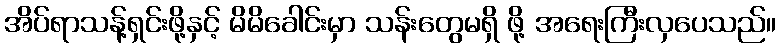
အိပ်ရာသန့်ရှင်းဖို့နှင့် မိမိခေါင်းမှာ သန်းတွေမရှိ ဖို့ အရေးကြီးလှပေသည်။